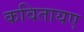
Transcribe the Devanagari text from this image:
कवितायए